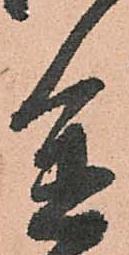
進